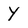
Character: Y